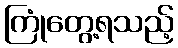
ကြုံတွေ့ရသည့်